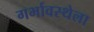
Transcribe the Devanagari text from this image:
गर्भावस्थेला